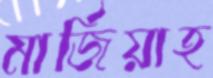
মার্জিয়াহ